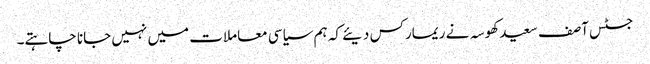
جسٹس آصف سعید کھوسہ نے ریمارکس دیئے کہ ہم سیاسی معاملات میں نہیں جانا چاہتے۔